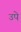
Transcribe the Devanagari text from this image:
उपे